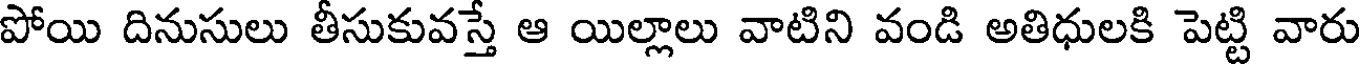
పోయి దినుసులు తీసుకువస్తే ఆ యిల్లాలు వాటిని వండి అతిధులకి పెట్టి వారు